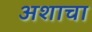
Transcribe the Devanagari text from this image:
अशाचा